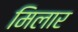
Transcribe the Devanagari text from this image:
मिलार